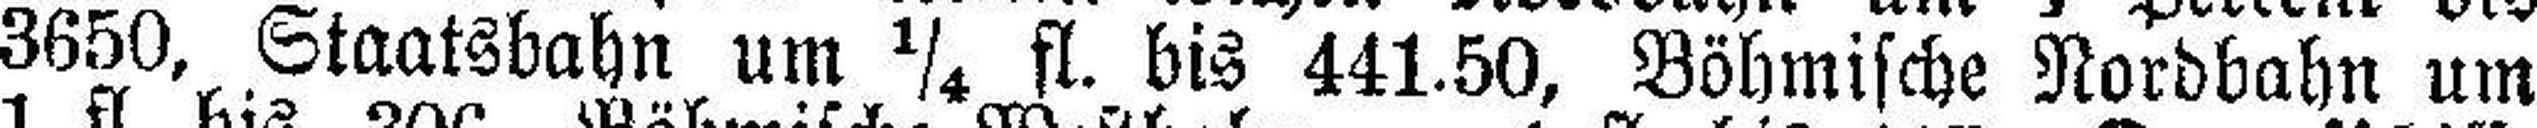
3650, Staatsbahn um ¼ fl. bis 441.50, Böhmische Nordbahn um